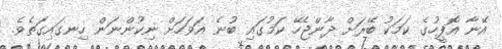
އޭނާ އޮފީހުގެ ކަމަކު ބޭރަށް ދާންޖެހޭ ކަމުގައި ބުނެ އަވަހަށް ނިކުންނަން ހިނގައިގަތެވެ.